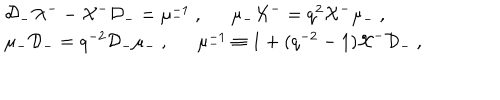
LaTeX: \begin{array} { l } { { { \cal D } _ { - } { \cal X } ^ { -- } { \cal X } ^ { - } { \cal D } _ { - } = \mu _ { - } ^ { - 1 } ~ , \mu _ { - } { \cal X } ^ { - } = q ^ { 2 } { \cal X } ^ { - } \mu _ { - } ~ , } } \\ { { \mu _ { - } { \cal D } _ { - } = q ^ { - 2 } { \cal D } _ { - } \mu _ { - } ~ , \mu _ { - } ^ { - 1 } \equiv 1 + ( q ^ { - 2 } - 1 ) { \cal X } ^ { - } { \cal D } _ { - } ~ , } } \\ \end{array}